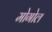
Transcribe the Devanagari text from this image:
मोगोल